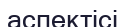
аспектісі